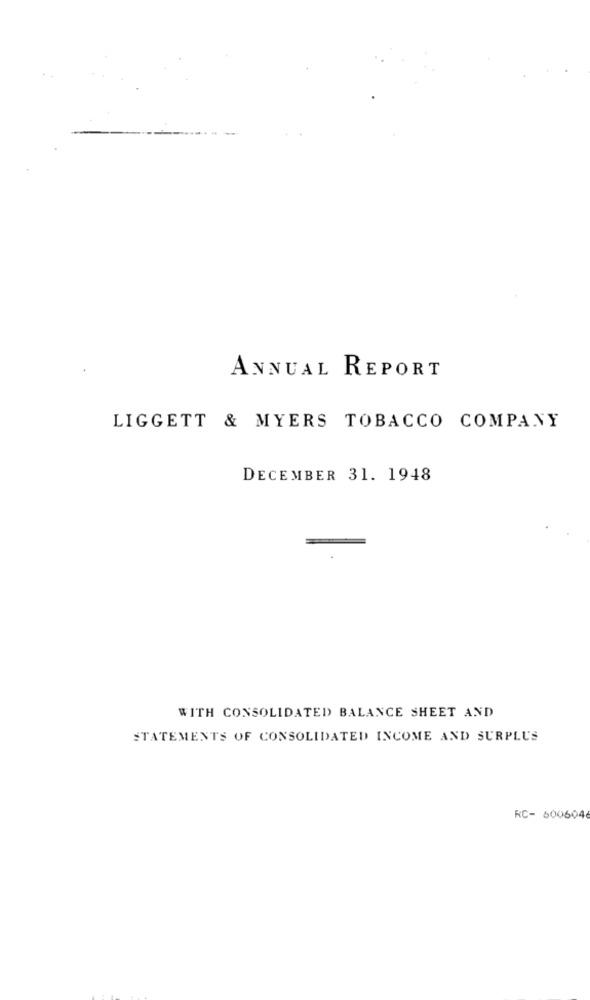
ANNUAL REPORT
LIGGETT & MYERS TOBACCO COMPANY
DECEMBER 31. 1948
WITH CONSOLIDATED BALANCE SHEET AND
STATEMENTS OF CONSOLIDATED INCOME AND SURPLUS
RC- 6006046